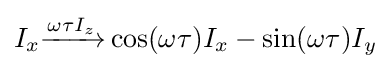
I_{x}{\xrightarrow {\omega \tau I_{z}}}\cos(\omega \tau )I_{x}-\sin(\omega \tau )I_{y}